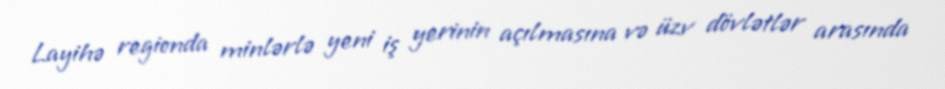
Layihə regionda minlərlə yeni iş yerinin açılmasına və üzv dövlətlər arasında